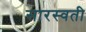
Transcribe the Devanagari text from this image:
सारस्वती